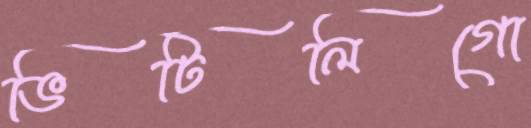
ভিটিলিগো